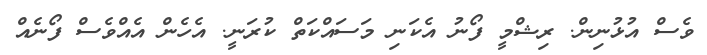
ވެސް އުޅުނިން. ރިޝްމީ ފޯނު އެކަނި މަސައްކަތް ކުރަނީ. އެހެން އެއްވެސް ފޯނެއް